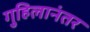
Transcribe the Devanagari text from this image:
गुहिलानंतर